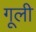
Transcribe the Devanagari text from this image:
गूली